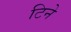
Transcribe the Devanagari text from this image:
टिने